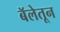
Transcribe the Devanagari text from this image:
बॅलेतून